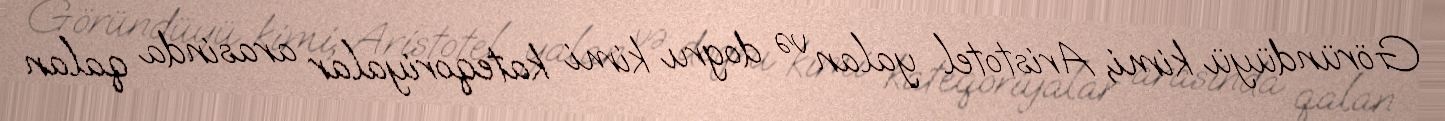
Göründüyü kimi, Aristotel yalan və dogru kimi kateqoriyalar arasinda qalan